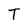
Character: T